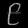
Digit: ၉